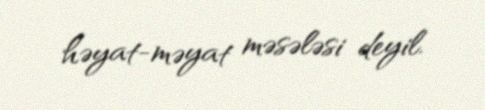
həyat-məyat məsələsi deyil.